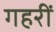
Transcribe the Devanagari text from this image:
गहरीं